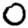
Digit: 0